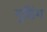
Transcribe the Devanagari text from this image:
गुडिंग